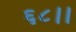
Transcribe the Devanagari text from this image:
६८।।